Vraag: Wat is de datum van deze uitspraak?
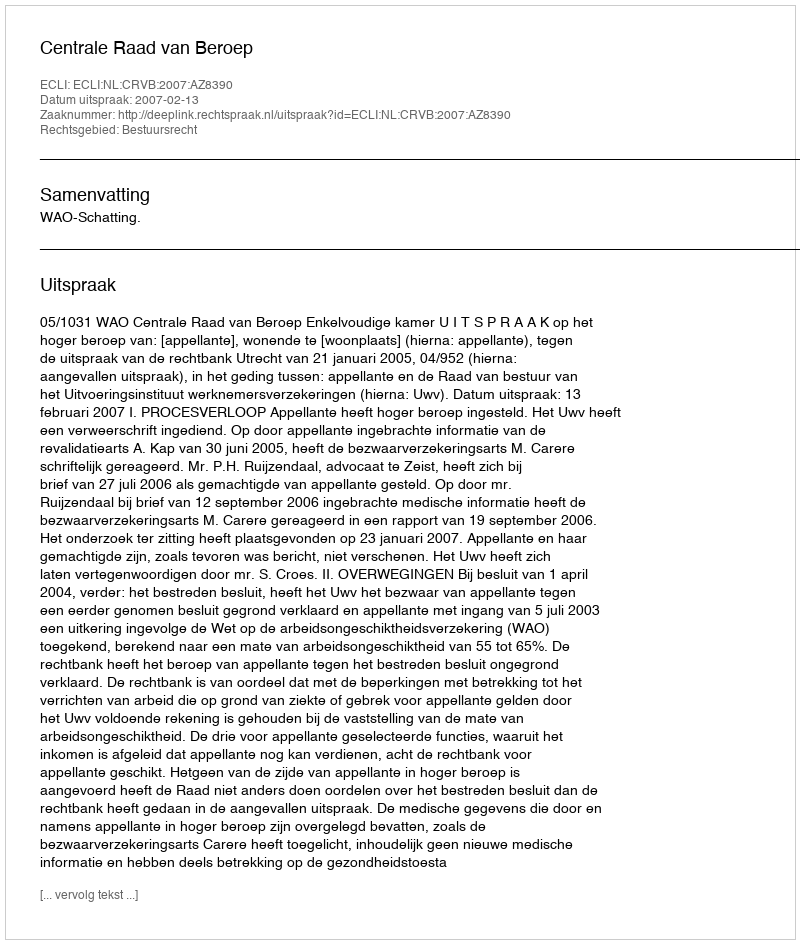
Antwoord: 2007-02-13